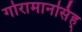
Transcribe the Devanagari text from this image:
गोरामानसिंह्